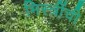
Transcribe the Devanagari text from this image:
मिस्त्रींची